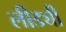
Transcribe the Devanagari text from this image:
लीड्यी